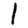
Digit: 1